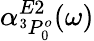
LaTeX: \alpha_{^3P_{0}^{o}}^{E2}(\omega)